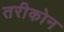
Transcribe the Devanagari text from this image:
तरीकोन